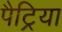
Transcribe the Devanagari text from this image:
पैट्रिया